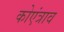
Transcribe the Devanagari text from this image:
कोएंत्राव